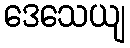
ဒေသေယျ